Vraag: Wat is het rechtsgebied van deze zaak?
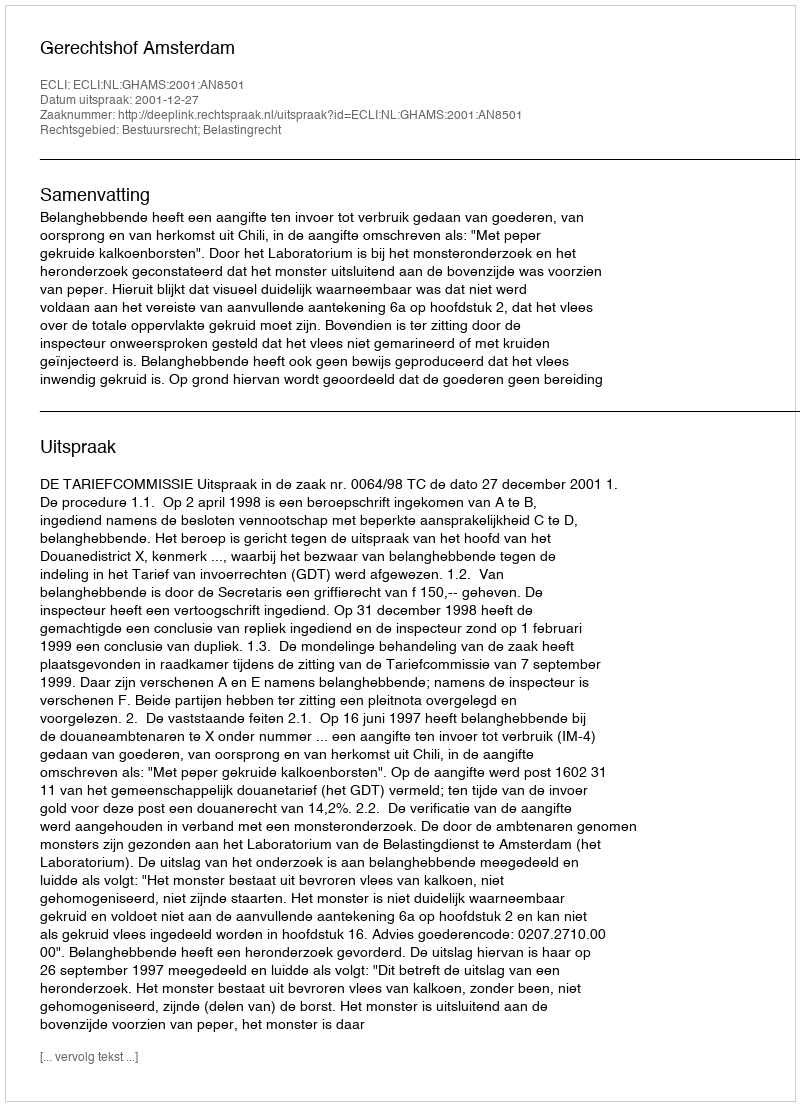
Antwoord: Bestuursrecht; Belastingrecht